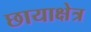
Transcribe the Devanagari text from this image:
छायाक्षेत्र